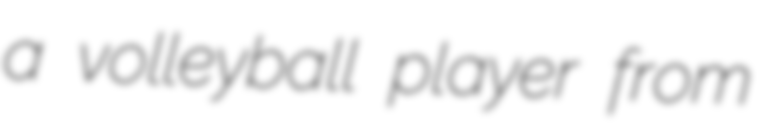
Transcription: a volleyball player from